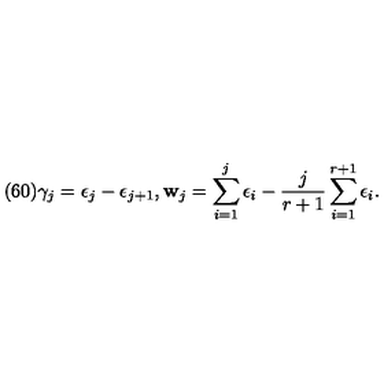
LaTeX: ( 6 0 ) \gamma _ { j } = \epsilon _ { j } - \epsilon _ { j + 1 } , { \bf w } _ { j } = \sum _ { i = 1 } ^ { j } \epsilon _ { i } - \frac { j } { r + 1 } \sum _ { i = 1 } ^ { r + 1 } \epsilon _ { i } .